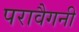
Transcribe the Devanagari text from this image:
परावैगनी